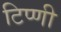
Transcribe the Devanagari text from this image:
टिप्णी